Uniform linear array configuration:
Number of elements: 4
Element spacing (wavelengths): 1
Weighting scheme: kaiser
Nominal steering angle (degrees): -15
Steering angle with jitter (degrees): -16.524
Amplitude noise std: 0.05
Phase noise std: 0.05

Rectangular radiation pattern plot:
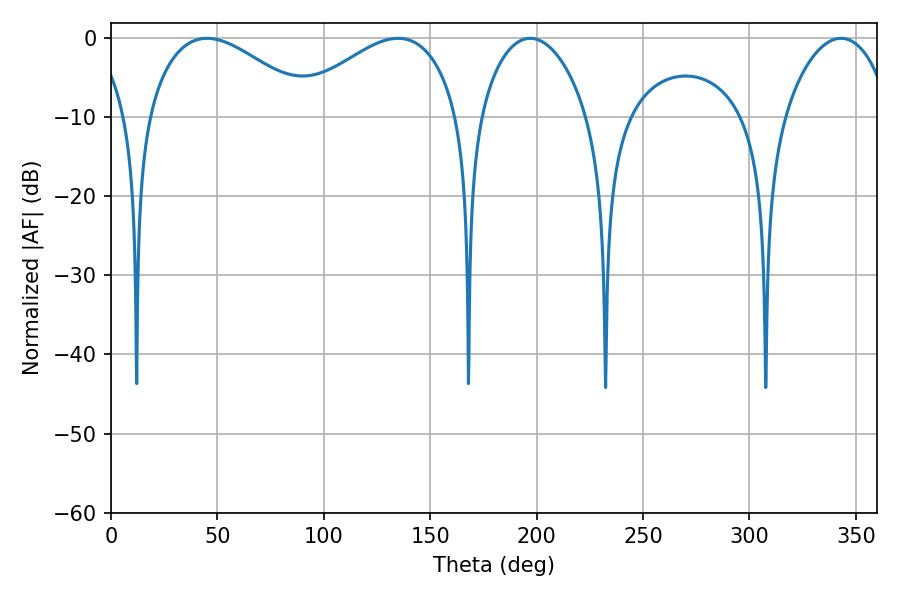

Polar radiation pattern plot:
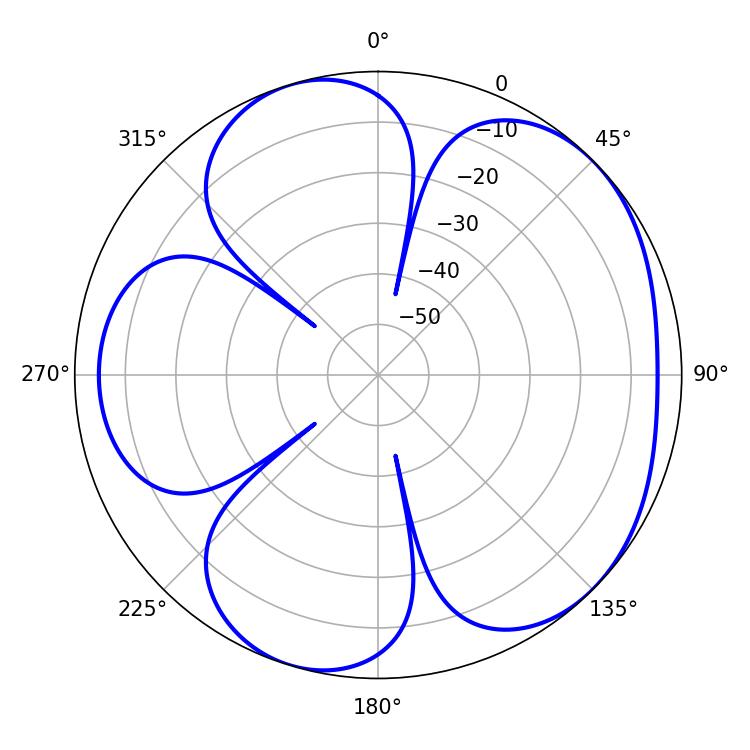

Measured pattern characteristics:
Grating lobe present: TRUE
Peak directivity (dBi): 4.987
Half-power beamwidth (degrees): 28.62
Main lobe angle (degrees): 196.92